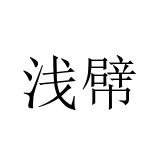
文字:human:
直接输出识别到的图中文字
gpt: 浅幦